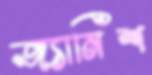
জ্যানিশ